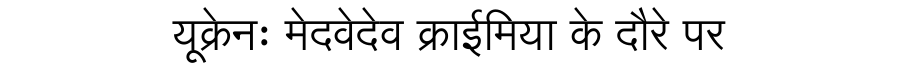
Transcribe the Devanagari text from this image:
यूक्रेनः मेदवेदेव क्राईमिया के दौरे पर